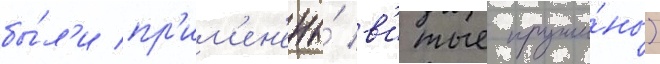
бы́л'и пр'им'ен'ены́ в'итые пружи́ны)